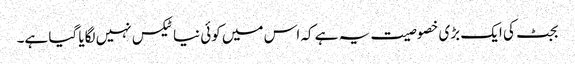
بجٹ کی ایک بڑی خصوصیت یہ ہے کہ اس میں کوئی نیا ٹیکس نہیں لگایا گیا ہے۔